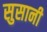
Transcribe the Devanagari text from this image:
सुसानी